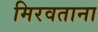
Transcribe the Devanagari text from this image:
मिरवताना